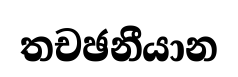
තචඡනීයාන